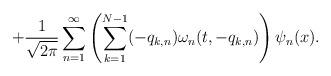
LaTeX: \begin{align*}+\frac{1}{\sqrt{2\pi}}\sum_{n=1}^{\infty}\left(\sum\limits_{k=1}^{N-1}(-q_{k,n})\omega_n(t,-q_{k,n})\right)\psi_n(x).\end{align*}